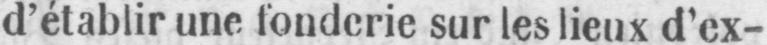
d’établir une fonderie sur les lieux d’ex-